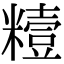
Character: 䊦